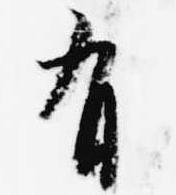
有